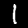
Digit: 1